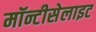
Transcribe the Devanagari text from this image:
मॉन्टीसेलाइट